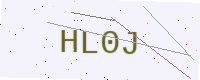
Text: HL0J